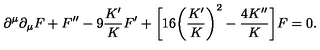
\partial ^ { \mu } \partial _ { \mu } F + F ^ { \prime \prime } - 9 \frac { K ^ { \prime } } { K } F ^ { \prime } + \bigg [ 1 6 \bigg ( \frac { K ^ { \prime } } { K } \bigg ) ^ { 2 } - \frac { 4 K ^ { \prime \prime } } { K } \bigg ] F = 0 .